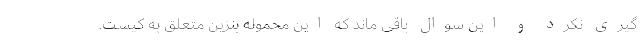
گیری نکرد و این سوال باقی ماند که این محموله بنزین متعلق به کیست.